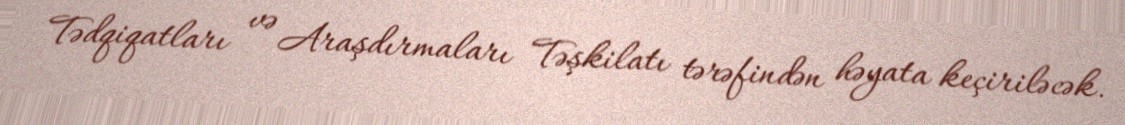
Tədqiqatları və Araşdırmaları Təşkilatı tərəfindən həyata keçiriləcək.